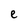
Character: e